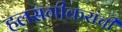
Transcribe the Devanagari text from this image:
हलसगीकरांची